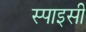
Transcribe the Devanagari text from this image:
स्‍पाइसी